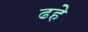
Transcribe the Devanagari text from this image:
ढहे